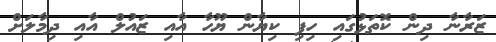
ޒަރާނާ ދިން ކޮތަޅުގައި ހިފި ކިޔާން ޔޫހާ އާއި ޒައުލް އާއި ދިމާލަށް